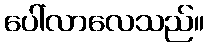
ပေါ်လာလေသည်။